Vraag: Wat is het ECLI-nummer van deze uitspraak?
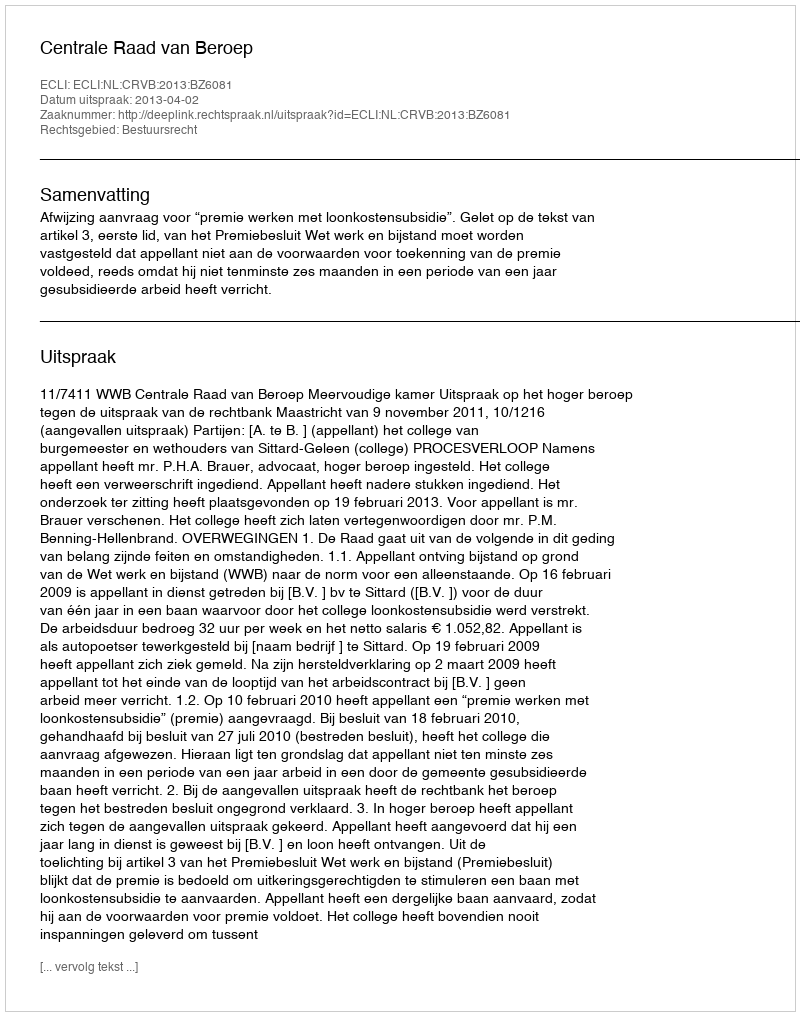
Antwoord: ECLI:NL:CRVB:2013:BZ6081